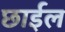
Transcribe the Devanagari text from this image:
छार्इल